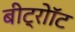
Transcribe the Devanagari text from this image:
बीट्रोॉट